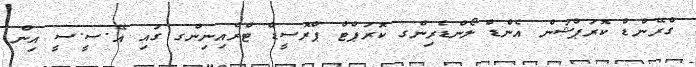
ގްރޭންޑް ކޮރަޕްޝަން އެންޑް ލޯންޑެރިންގ ކޮރަޕްޓް ޕްރޮސީޑް ޓްރެއިނިންގ ގައި އޭ.ސީ.ސީ އިން